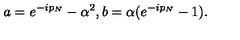
a = e ^ { - i p _ { N } } - \alpha ^ { 2 } , b = \alpha ( e ^ { - i p _ { N } } - 1 ) .